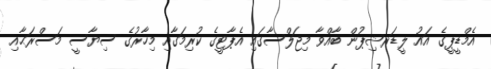
އެމްޑީޕީގެ އައު ލީޑަރޝިޕުން ބާއްވާ މިޖަލްސާގައި އެޕާޓީގެ ކުރިމަގާއި މިހާރުގެ ސިޔާސީ މަސްރަޙާއި